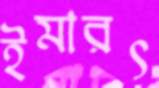
ইমারৎ